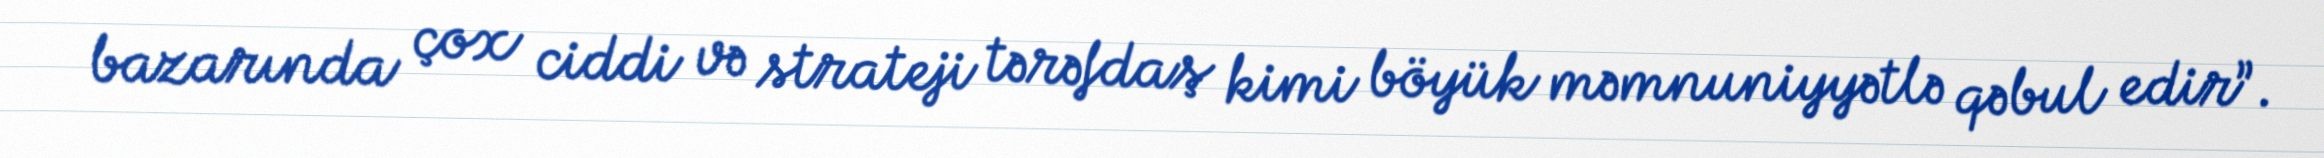
bazarında çox ciddi və strateji tərəfdaş kimi böyük məmnuniyyətlə qəbul edir”.